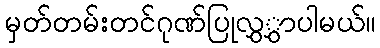
မှတ်တမ်းတင်ဂုဏ်ပြုလွှွှာပါမယ်။